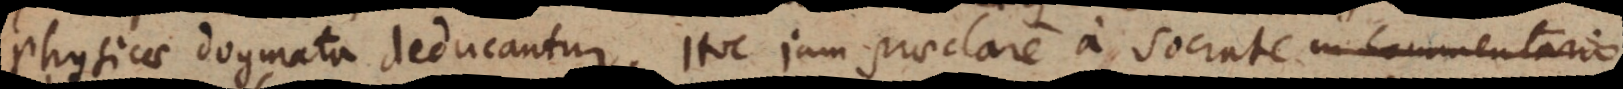
Physicae dogmata deducantur. Hoc jam praeclare a Socrate in Commentario